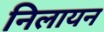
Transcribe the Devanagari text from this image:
निलायन